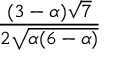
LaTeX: \frac { ( 3 - \alpha ) { \sqrt { 7 } } } { 2 { \sqrt { \alpha ( 6 - \alpha ) } } }